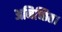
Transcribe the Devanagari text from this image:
अनिच्छित।